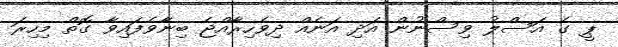
ޕީ ގެ އަސްލު ވިސްނުން އަދި އަނެއް ދިވެހިރާއްޖެ ބިނާވެފައިވާ ގޮތް މިހިރަ